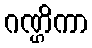
ဂဏ္ဌိကာ